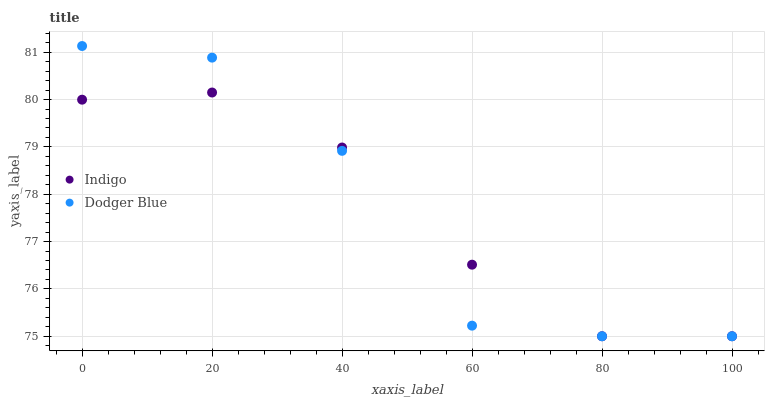
| xaxis_label | Indigo | Dodger Blue |
 | --- | --- | --- |
 | 0 | 80 | 81.1 |
 | 20 | 80.1 | 80.9 |
 | 40 | 79 | 78.9 |
 | 60 | 76.5 | 75.2 |
 | 80 | 75 | 75 |
 | 100 | 75 | 75 |